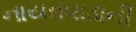
નાયતવાડાની